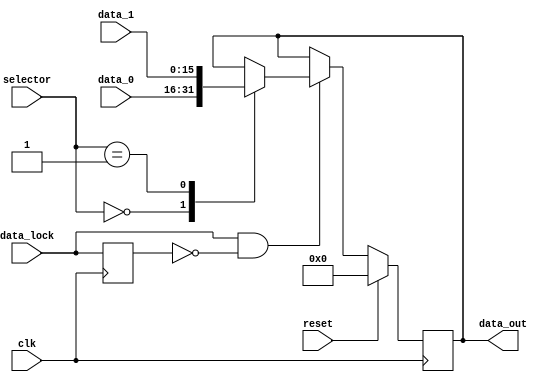
module data_mux (
					input        clk,
					input        data_lock,
					input [7:0]  selector,
					input [15:0] data_0,
					input [15:0] data_1,
					input 		 reset,
												output reg [15:0] data_out
																				);

reg pre_strb = 1'b0;
																						
always @(posedge clk) begin
	pre_strb <= data_lock;
	
	if(reset)
		data_out <= 16'h0000;
	else begin
		if(data_lock && !pre_strb)
			case(selector)
				0: data_out <= data_0;
				1: data_out <= data_1;
				default: data_out <= data_out;
			endcase
		else begin end
	end
end
endmodule